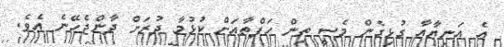
އެ އަނިޔާއާ ގުޅިގެން މެސީ ތިން ހަފްތާއަށް ކުޅުމާ ދުރަށް ދާންޖެހޭނެ އެވެ.